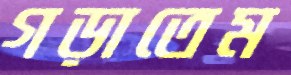
গড়াতেম